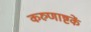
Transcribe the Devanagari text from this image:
करुणाष्टकें